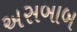
અસબાબ